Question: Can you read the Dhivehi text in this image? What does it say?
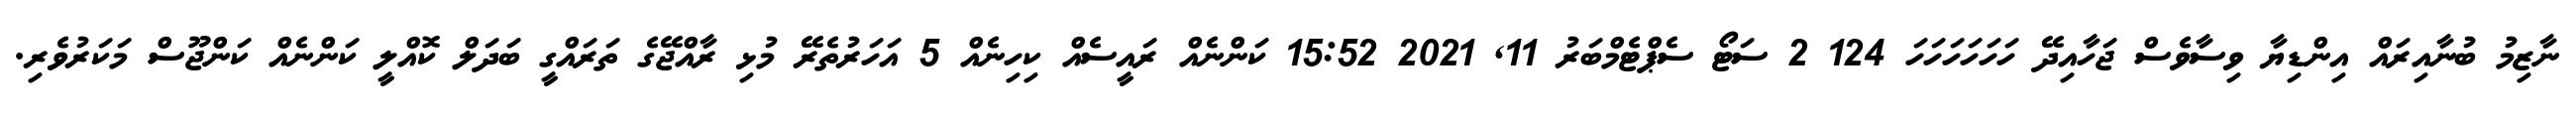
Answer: ނާޒިމު ބުނާއިރައް އިންޑިޔާ ވިސާވެސް ޖަހާއިދޭ ހަހަހަހަހަހަ 124 2 ސަޓޯ ސެޕްޓެމްބަރު 11, 2021 15:52 ކަންނެއް ރައީސެއް ކިހިނެއް 5 އަހަރުތެރޭ މުޅި ރާއްޖޭގެ ތަރައްގީ ބަދަލް ކޮއްލީ ކަންނެއް ކަންޖޫސް މަކަރުވެރި.